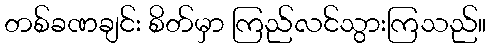
တစ်ခဏချင်း စိတ်မှာ ကြည်လင်သွားကြသည်။